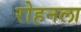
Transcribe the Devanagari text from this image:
रोहनला